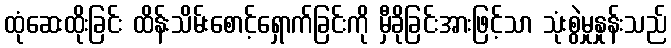
ထုံဆေးထိုးခြင်း ထိန်းသိမ်းစောင့်ရှောက်ခြင်းကို မှီခိုခြင်းအားဖြင့်သာ သုံးစွဲမှုနှုန်းသည်